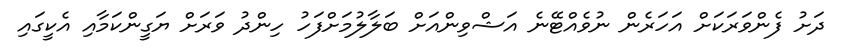
ދަށު ފެންވަރަކަށް އަހަރެން ނުވެއްޓޭނެ އަޝްވިންއަށް ބަލާލުމަށްފަހު ހިންދު ވަރަށް ޔަގީންކަމާއި އެކީގައި